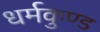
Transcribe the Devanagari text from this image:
धर्मकुण्ड